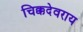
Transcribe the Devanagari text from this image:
चिक्कदेवराय